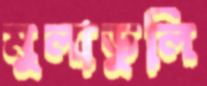
মুলাডুলি